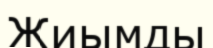
Жиымды